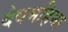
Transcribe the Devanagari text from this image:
देवमहिमा